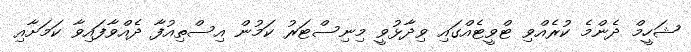
ޝަހީމް ދެންމެ ކުރެއްވި ޓްވީޓެއްގައި ވިދާޅުވީ މިނިސްޓަރު ކަމުން އިސްތިއުފާ ދެއްވާފައިވާ ކަމަށާއި